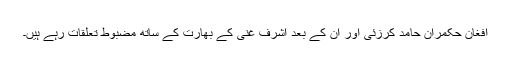
افغان حکمران حامد کرزئی اور ان کے بعد اشرف غنی کے بھارت کے ساتھ مضبوط تعلقات رہے ہیں۔